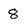
Character: 8